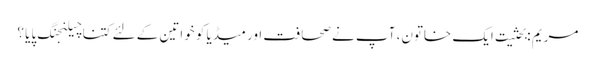
مریم :بحثیت ایک خاتون، آپ نے صحافت اور میڈیا کو خواتین کے لئے کتنا چیلنجنگ پایا ؟